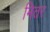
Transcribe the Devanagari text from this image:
मितर